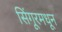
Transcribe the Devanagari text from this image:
सिंगूरमधून